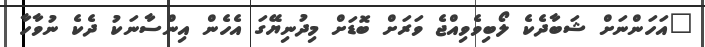
"އަހަންނަށް ޝަބާދެކެ ލޯބިވެވިއްޖެ ވަރަށް ބޮޑަށް މިދުނިޔޭގަ އެހެން އިންސާނަކު ދެކެ ނުވާހާ